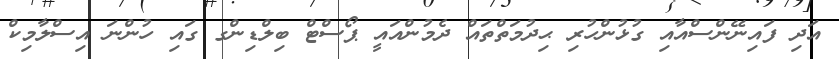
އަދި ފައިނޭންސްއާއި ގުޅުންހުރި ޙިދުމަތްތައް ދެމުންއައީ ޕޯސްޓް ބިލްޑިންގ ގައި ހުންނަ އިސްލާމިކް